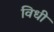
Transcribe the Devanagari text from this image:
विधीं